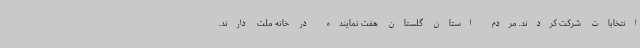
انتخابات شرکت کردند. مردم استان گلستان هفت نماینده در خانه ملت دارند.